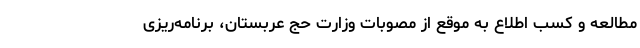
مطالعه و کسب اطلاع به موقع از مصوبات وزارت حج عربستان، برنامه‌ریزی